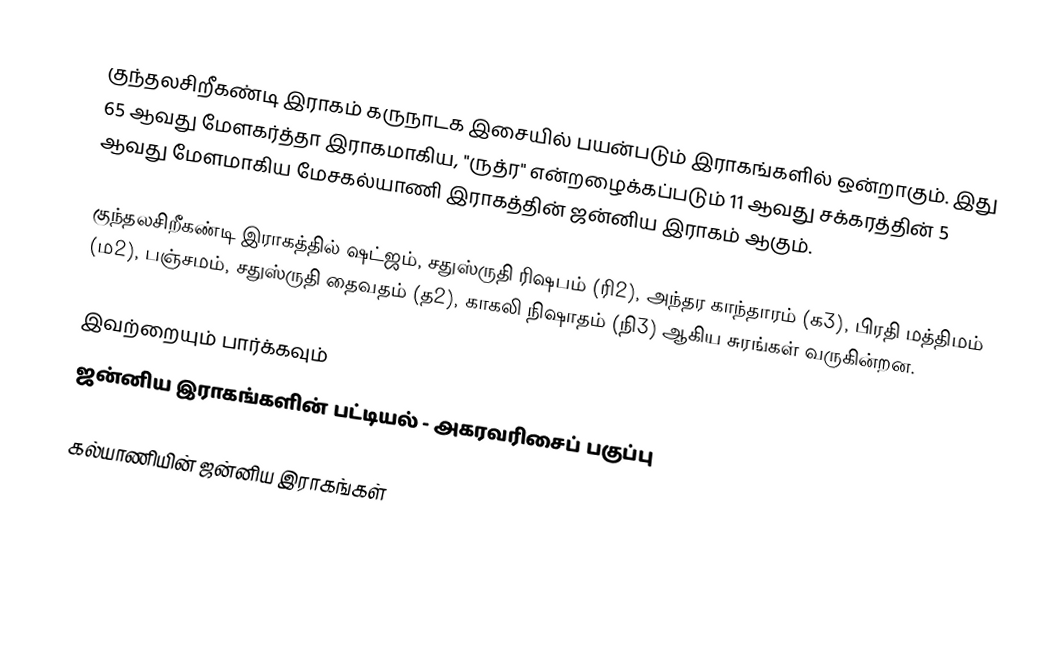
குந்தலசிறீகண்டி இராகம் கருநாடக இசையில் பயன்படும் இராகங்களில் ஒன்றாகும். இது 65 ஆவது மேளகர்த்தா இராகமாகிய, "ருத்ர" என்றழைக்கப்படும் 11 ஆவது சக்கரத்தின் 5 ஆவது மேளமாகிய மேசகல்யாணி இராகத்தின் ஜன்னிய இராகம் ஆகும்.

குந்தலசிறீகண்டி இராகத்தில் ஷட்ஜம், சதுஸ்ருதி ரிஷபம் (ரி2),  அந்தர காந்தாரம் (க3), பிரதி மத்திமம் (ம2), பஞ்சமம்,  சதுஸ்ருதி தைவதம் (த2), காகலி நிஷாதம்  (நி3) ஆகிய சுரங்கள் வருகின்றன.

இவற்றையும் பார்க்கவும்
 ஜன்னிய இராகங்களின் பட்டியல் - அகரவரிசைப் பகுப்பு

கல்யாணியின் ஜன்னிய இராகங்கள்